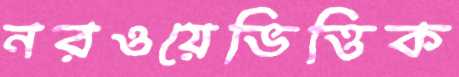
নরওয়েভিত্তিক